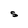
Character: S